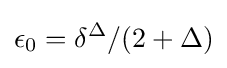
\epsilon _{0}=\delta ^{\Delta }/(2+\Delta )